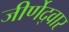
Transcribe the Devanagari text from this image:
जीर्णेद्वार